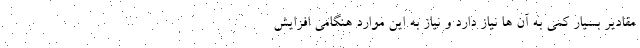
مقادیر بسیار کمی به آن ها نیاز دارد و نیاز به این موارد هنگامی افزایش